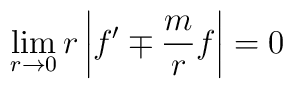
\lim_{r \to 0} r  \left|    f' \mp \frac mr f  \right| = 0